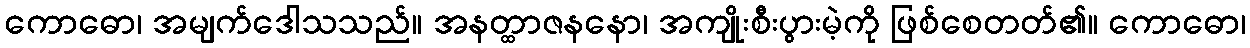
ကောဓော၊ အမျက်ဒေါသသည်။ အနတ္ထာဇနနော၊ အကျိုးစီးပွားမဲ့ကို ဖြစ်စေတတ်၏။ ကောဓော၊